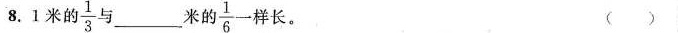
8.1米的 $$\frac{1}{3}$$ 与_____米的 $$\frac{1}{6}-$$ 样长。